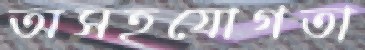
অসহযোগতা